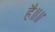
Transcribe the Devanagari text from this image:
है॥॥